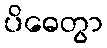
ပိဓေတွာ